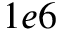
1 e 6